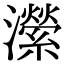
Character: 瀠